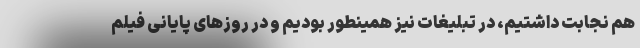
هم نجابت داشتیم، در تبلیغات نیز همینطور بودیم و در روزهای پایانی فیلم